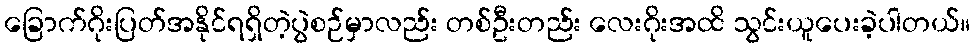
ခြောက်ဂိုးပြတ်အနိုင်ရရှိတဲ့ပွဲစဉ်မှာလည်း တစ်ဦးတည်း လေးဂိုးအထိ သွင်းယူပေးခဲ့ပါတယ်။